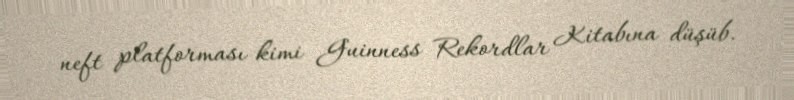
neft platforması kimi Guinness Rekordlar Kitabına düşüb.